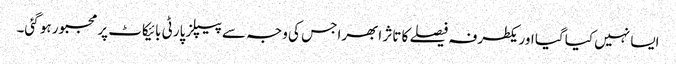
ایسا نہیں کیا گیا اور یکطرفہ فیصلے کا تاثر ابھرا جس کی وجہ سے پیپلز پارٹی بائیکاٹ پر مجبور ہو گئی۔